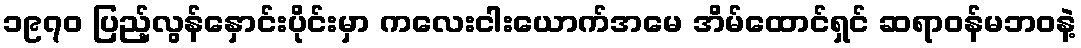
၁၉၇၀ ပြည့်လွန်နှောင်းပိုင်းမှာ ကလေးငါးယောက်အမေ အိမ်ထောင်ရှင် ဆရာဝန်မဘဝနဲ့